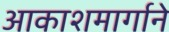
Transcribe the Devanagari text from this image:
आकाशमार्गाने